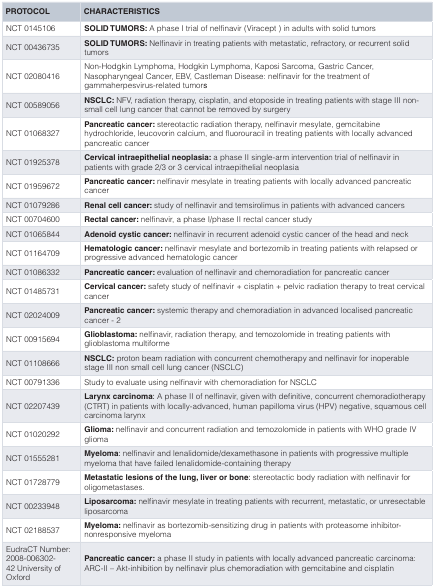
<table><thead><tr><td><b>PROTOCOL</b></td><td><b>CHARACTERISTICS</b></td></tr></thead><tbody><tr><td>NCT 0145106</td><td><b>SOLID TUMORS:</b> A phase I trial of nelfinavir (Viracept ) in adults with solid tumors</td></tr><tr><td>NCT 00436735</td><td><b>SOLID TUMORS:</b> Nelfinavir in treating patients with metastatic, refractory, or recurrent solidtumors</td></tr><tr><td>NCT 02080416</td><td>Non-Hodgkin Lymphoma, Hodgkin Lymphoma, Kaposi Sarcoma, Gastric Cancer,Nasopharyngeal Cancer, EBV, Castleman Disease: nelfinavir for the treatment ofgammaherpesvirus-related tumors</td></tr><tr><td>NCT 00589056</td><td><b>NSCLC:</b> NFV, radiation therapy, cisplatin, and etoposide in treating patients with stage III non-small cell lung cancer that cannot be removed by surgery</td></tr><tr><td>NCT 01068327</td><td><b>Pancreatic cancer:</b> stereotactic radiation therapy, nelfinavir mesylate, gemcitabinehydrochloride, leucovorin calcium, and fluorouracil in treating patients with locally advancedpancreatic cancer</td></tr><tr><td>NCT 01925378</td><td><b>Cervical intraepithelial neoplasia:</b> a phase II single-arm intervention trial of nelfinavir inpatients with grade 2/3 or 3 cervical intraepithelial neoplasia</td></tr><tr><td>NCT 01959672</td><td><b>Pancreatic cancer:</b> nelfinavir mesylate in treating patients with locally advanced pancreaticcancer</td></tr><tr><td>NCT 01079286</td><td><b>Renal cell cancer:</b> study of nelfinavir and temsirolimus in patients with advanced cancers</td></tr><tr><td>NCT 00704600</td><td><b>Rectal cancer:</b> nelfinavir, a phase I/phase II rectal cancer study</td></tr><tr><td>NCT 01065844</td><td><b>Adenoid cystic cancer :</b> nelfinavir in recurrent adenoid cystic cancer of the head and neck</td></tr><tr><td>NCT 01164709</td><td><b>Hematologic cancer:</b> nelfinavir mesylate and bortezomib in treating patients with relapsed orprogressive advanced hematologic cancer</td></tr><tr><td>NCT 01086332</td><td><b>Pancreatic cancer:</b> evaluation of nelfinavir and chemoradiation for pancreatic cancer</td></tr><tr><td>NCT 01485731</td><td><b>Cervical cancer:</b> safety study of nelfinavir + cisplatin + pelvic radiation therapy to treat cervicalcancer</td></tr><tr><td>NCT 02024009</td><td><b>Pancreatic cancer:</b> systemic therapy and chemoradiation in advanced localised pancreaticcancer - 2</td></tr><tr><td>NCT 00915694</td><td><b>Glioblastoma:</b> nelfinavir, radiation therapy, and temozolomide in treating patients withglioblastoma multiforme</td></tr><tr><td>NCT 01108666</td><td><b>NSCLC:</b> proton beam radiation with concurrent chemotherapy and nelfinavir for inoperable stageIII non small cell lung cancer (NSCLC)</td></tr><tr><td>NCT 00791336</td><td>Study to evaluate using nelfinavir with chemoradiation for NSCLC</td></tr><tr><td>NCT 02207439</td><td><b>Larynx carcinoma</b>: A phase II of nelfinavir, given with definitive, concurrent chemoradiotherapy(CTRT) in patients with locally-advanced, human papilloma virus (HPV) negative, squamous cellcarcinoma larynx</td></tr><tr><td>NCT 01020292</td><td><b>Glioma:</b> nelfinavir and concurrent radiation and temozolomide in patients with WHO grade IVglioma</td></tr><tr><td>NCT 01555281</td><td><b>Myeloma</b>: nelfinavir and lenalidomide/dexamethasone in patients with progressive multiplemyeloma that have failed lenalidomide-containing therapy</td></tr><tr><td>NCT 01728779</td><td><b>Metastatic lesions of the lung, liver or bone</b>: stereotactic body radiation with nelfinavir foroligometastases.</td></tr><tr><td>NCT 00233948</td><td><b>Liposarcoma:</b> nelfinavir mesylate in treating patients with recurrent, metastatic, or unresectableliposarcoma</td></tr><tr><td>NCT 02188537</td><td><b>Myeloma:</b> nelfinavir as bortezomib-sensitizing drug in patients with proteasome inhibitor-nonresponsive myeloma</td></tr><tr><td>EudraCT Number:2008-006302-42University of Oxford</td><td><b>Pancreatic cancer:</b> a phase II study in patients with locally advanced pancreatic carcinoma:ARC-II – Akt-inhibition by nelfinavir plus chemoradiation with gemcitabine and cisplatin</td></tr></tbody></table>